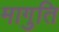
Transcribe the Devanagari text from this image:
मागुति